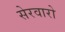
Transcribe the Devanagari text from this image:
सेरवारो